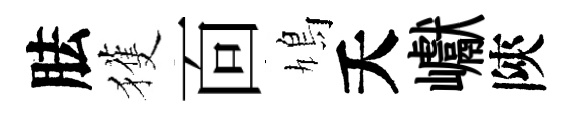
胠獲靣鳩夭巘陝